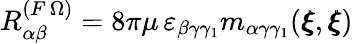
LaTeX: R_{\alpha\beta}^{(F\, \Omega)}=8\pi\mu\, \varepsilon_{\beta\gamma\gamma_{1}}m_{\alpha\gamma\gamma_{1}}({\pmb\xi},{\pmb\xi})